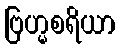
ဗြဟ္မစရိယာ